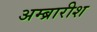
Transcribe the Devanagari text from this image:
अम्ब्रारीश